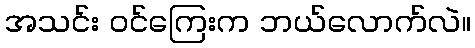
အသင်း ဝင်ကြေးက ဘယ်လောက်လဲ။